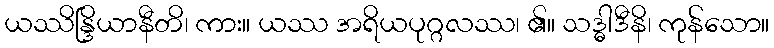
ယဿိန္ဒြိယာနီတိ၊ ကား။ ယဿ အရိယပုဂ္ဂလဿ၊ ၏။ သဒ္ဓါဒီနိ၊ ကုန်သော။